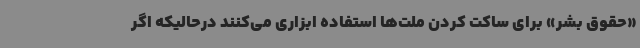
«حقوق بشر» برای ساکت کردن ملت‌ها استفاده ابزاری می‌کنند درحالیکه اگر